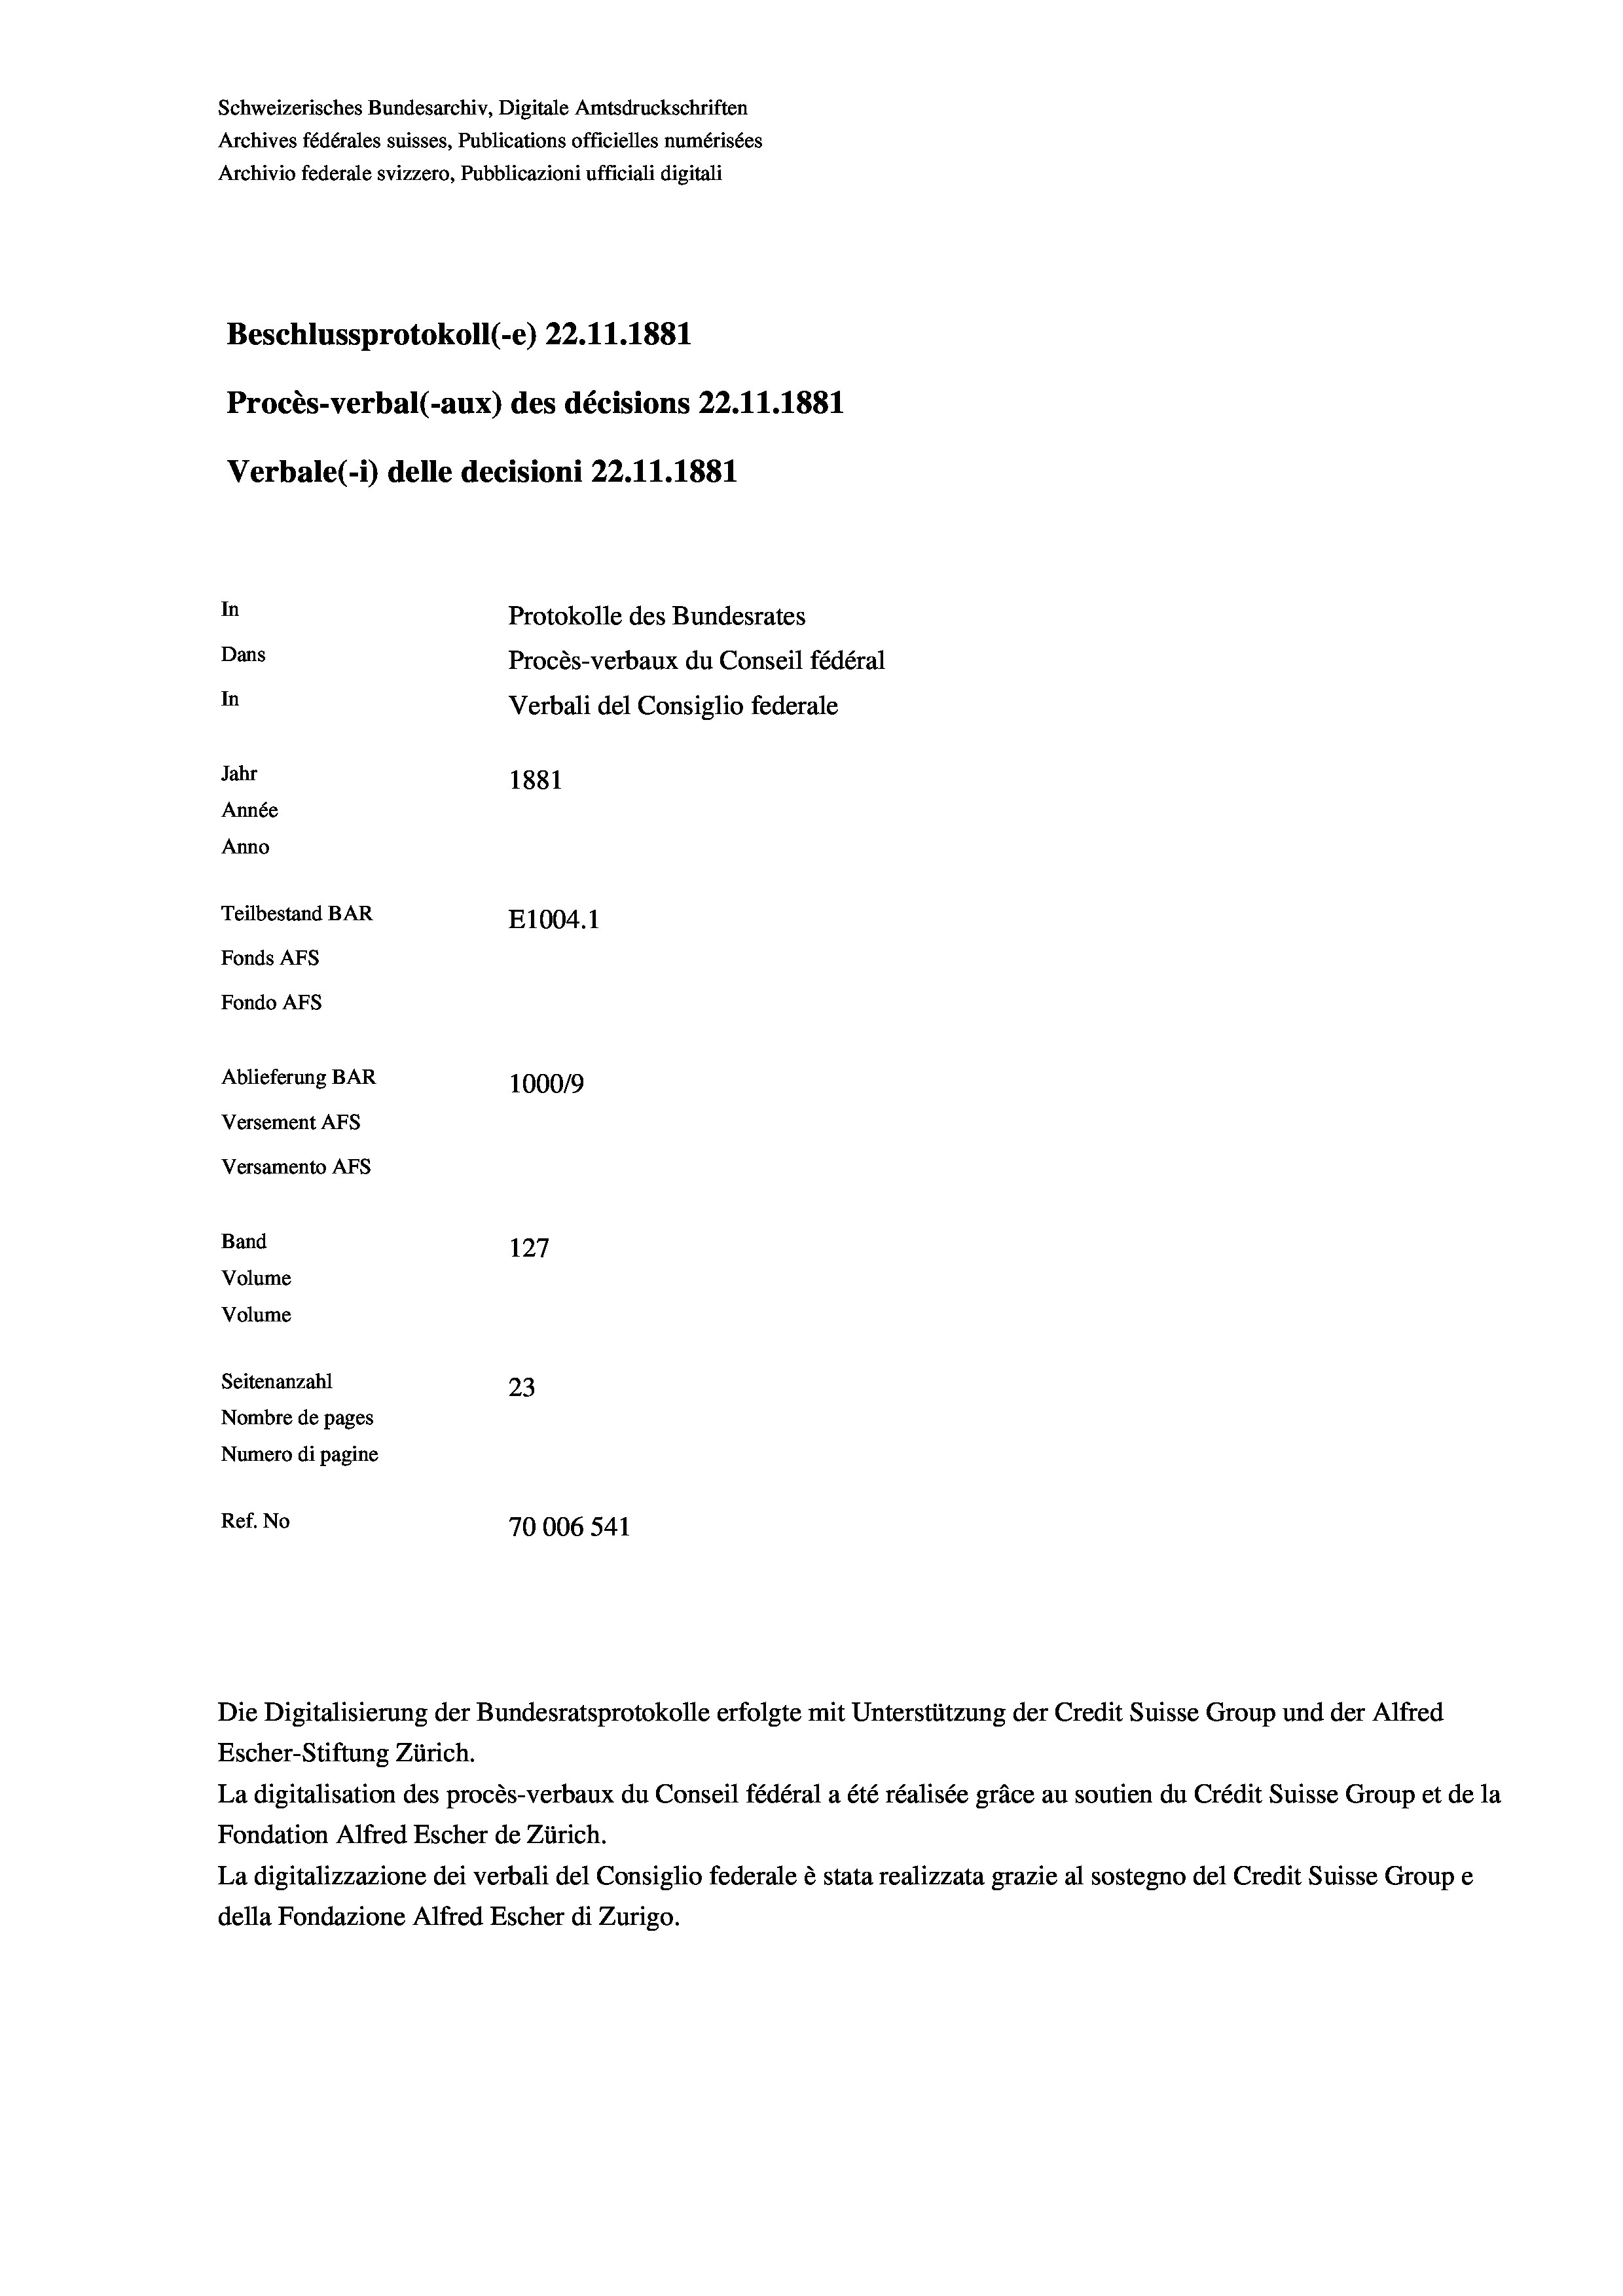
Schweizerisches Bundesarchiv, Digitale Amtsdruckschriften
Archives fédérales suisses, Publications officielles numérisées
Archivio federale svizzero, Pubblicazioni ufficiali digitali
Beschlussprotokoll (-e) 22.11.1881
Procès-verbal (-aux) des décisions 22.11.1881
Verbale(1) delle decisioni 22.11.1881
In
Protokolle des Bundesrates
Dans
In
Verbali del Consiglio federale
Jahr
1881
Année
Anno
Teilbestand BAR
E1004.1
Fonds AFs
Fondo AFs
Ablieferung BAR
100019
Versement AFS
Versamento AFS
Band
127
Volume
Volume
Seitenanzahl
23
Nombre de pages
Numero di pagine
Ref. No
70006541

Procès-verbaux du Conseil fédéral

Die Digitalisierung der Bundesratsprotokolle erfolgte mit Unterstützung der Credit Suisse Group und der Alfred
Escher-Stiftung Zürich.
La digitalisation des procès-verbaux du Conseil fédéral a été réalisée gräce au soutien du Crédit Suisse Group et de la
Fondation Alfred Escher de Zürich.
La digitalizzazione dei verbali del Consiglio federale è stata realizzata grazie al sostegno del Credit Suisse Groupe
della Fondazione Alfred Escher di Zurigo.